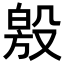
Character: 𣪧